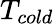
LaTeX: T_{cold}